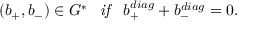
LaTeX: ( b _ { + } , b _ { - } ) \in { \cal G ^ { * } } \; \; \; \mathrm { \it { i f } } \; \; \; b _ { + } ^ { d i a g } + b _ { - } ^ { d i a g } = 0 .